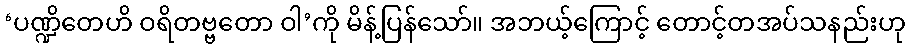
‘ပဏ္ဍိတေဟိ ဝရိတဗ္ဗတော ဝါ’ကို မိန့်ပြန်သော်။ အဘယ့်ကြောင့် တောင့်တအပ်သနည်းဟု